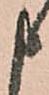
申